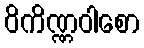
ဝိကိဏ္ဏဝါစော